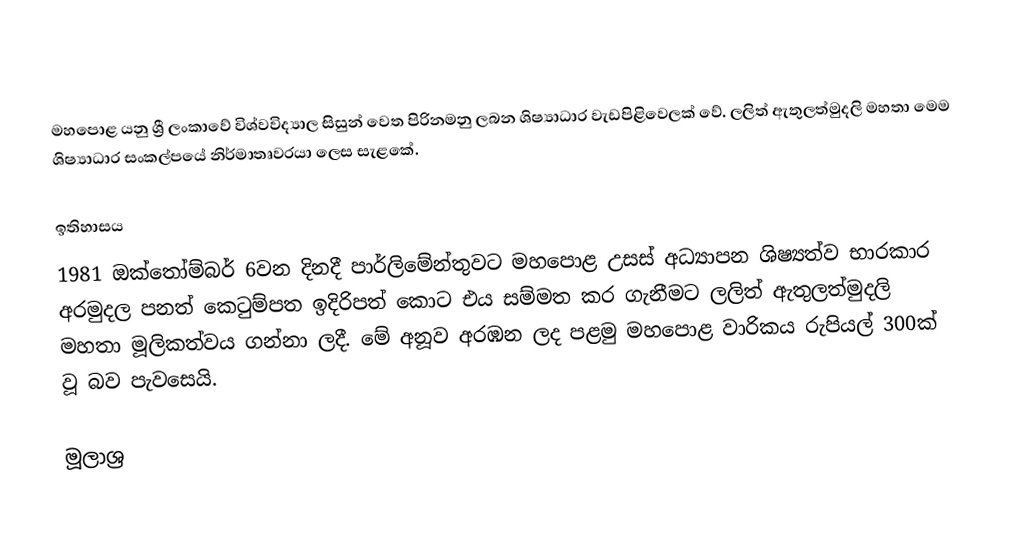
මහපොළ යනු ශ්‍රී ලංකාවේ විශ්වවිද්‍යාල සිසුන් වෙත පිරිනමනු ලබන ශිෂ්‍යාධාර වැඩපිළිවෙලක් වේ. ලලිත් ඇතුලත්මුදලි මහතා මෙම ශිෂ්‍යාධාර සංකල්පයේ නිර්මාතෘවරයා ලෙස සැළකේ.

ඉතිහාසය
1981 ඔක්තෝම්බර් 6වන දිනදී පාර්ලිමේන්තුවට මහපොළ උසස් අධ්‍යාපන ශිෂ්‍යත්ව භාරකාර අරමුදල පනත් කෙටුම්පත ඉදිරිපත් කොට එය සම්මත කර ගැනීමට ලලිත් ඇතුලත්මුදලි මහතා මූලිකත්වය ගන්නා ලදී. මේ අනූව අරඹන ලද පළමු මහපොළ වාරිකය රුපියල් 300ක් වූ බව පැවසෙයි.

මූලාශ්‍ර